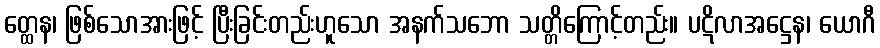
တ္ထေန၊ ဖြစ်သောအားဖြင့် ပြီးခြင်းတည်းဟူသော အနက်သဘော သတ္တိကြောင့်တည်း။ ပဋိလာအဋ္ဌေန၊ ယောဂီ